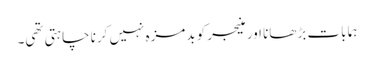
ہما بات بڑھانا اور منیجر کو بدمزہ نہیں کرنا چاہتی تھی۔